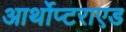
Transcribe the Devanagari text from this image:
आर्थोप्टराएड